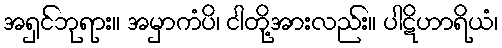
အရှင်ဘုရား။ အမှာကံပိ၊ ငါတို့အားလည်း။ ပါဋိဟာရိယံ၊